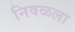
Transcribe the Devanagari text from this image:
निवळला